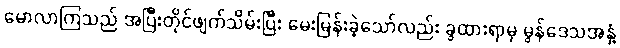
မောလာကြသည် အပြီးတိုင်ဖျက်သိမ်းပြီး မေးမြန်းခဲ့သော်လည်း ခွထားရာမှ မွန်ဒေသအနှံ့